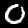
Digit: 0